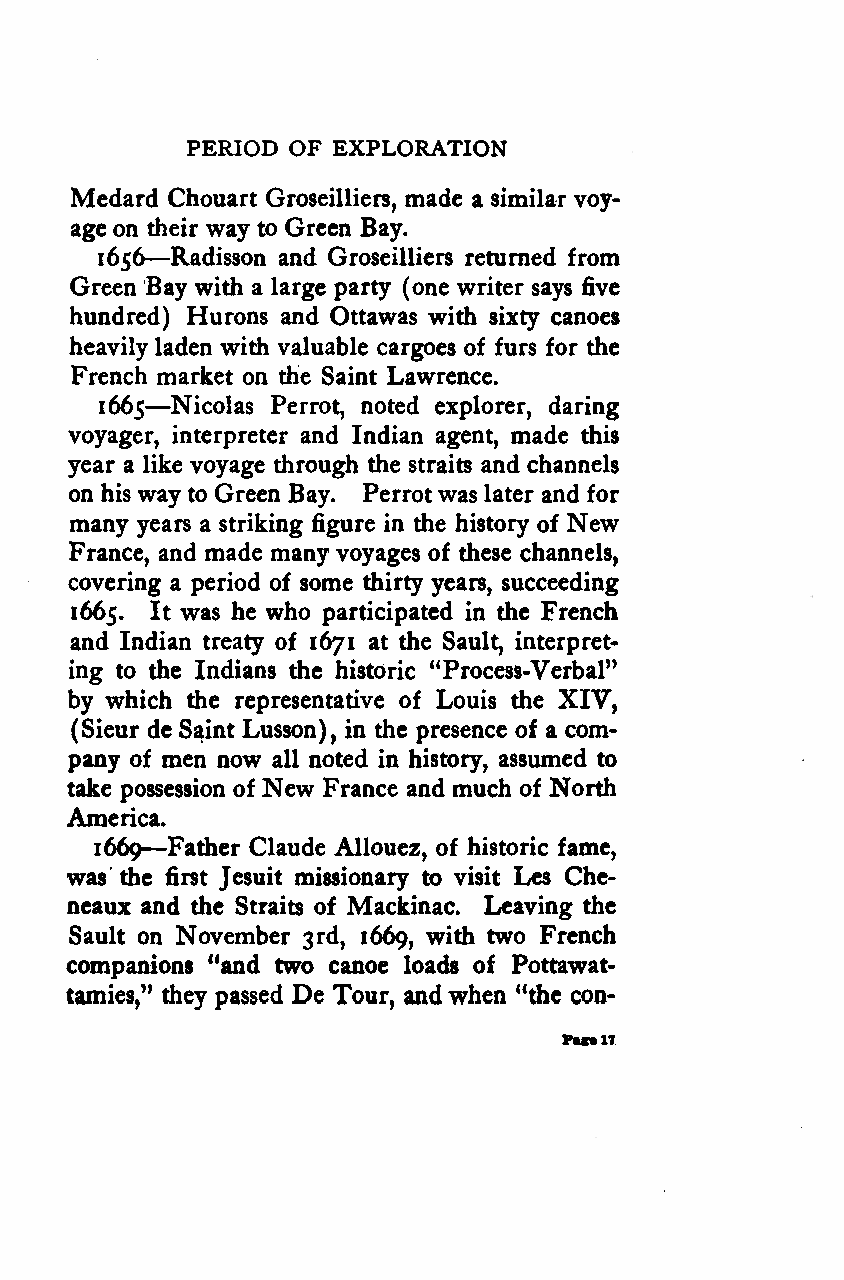
PERIOD OF EXPLORATION
 Medard Chouart Groseilliers, made a similar voy-
 age on their way to Green Bay.
 —
 1656 Radisson and Groseilliers returned from
 Green Bay with a large party (one writer says five
 hundred) Hurons and Ottawas with sixty canoes
 heavily laden with valuable cargoes of furs for the
 French market on the Saint Lawrence.
 —
 1665 Nicolas Perrot, noted explorer, daring
 voyager, interpreter and Indian agent, made this
 year a like voyage through the straits and channels
 on his way to Green Bay. Perrotwas later and for
 many years a striking figure in the history of New
 France, and made many voyages of these channels,
 covering a period of some thirty years, succeeding
 1665. It was he who participated in the French
 and Indian treaty of 1671 at the Sault, interpret-
 ing to the Indians the historic "Process-Verbal"
 by which the representative of Louis the XIV,
 (Sieur de Saint Lusson), in the presence of a com-
 pany of men now all noted in history, assumed to
 take possession of New France and much of North
 America.
 —
 1669 Father Claude Allouez, of historic fame,
 was the first Jesuit missionary to visit Les Che-
 neaux and the Straits of Mackinac. Leaving the
 w
 Sault on November 3rd, 1669, *th two French
 companions "and two canoe loads of Pottawat-
 tamies," they passed De Tour, andwhen "the con-
 Fag*17
 Google
 Digitizedby